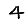
Digit: 4